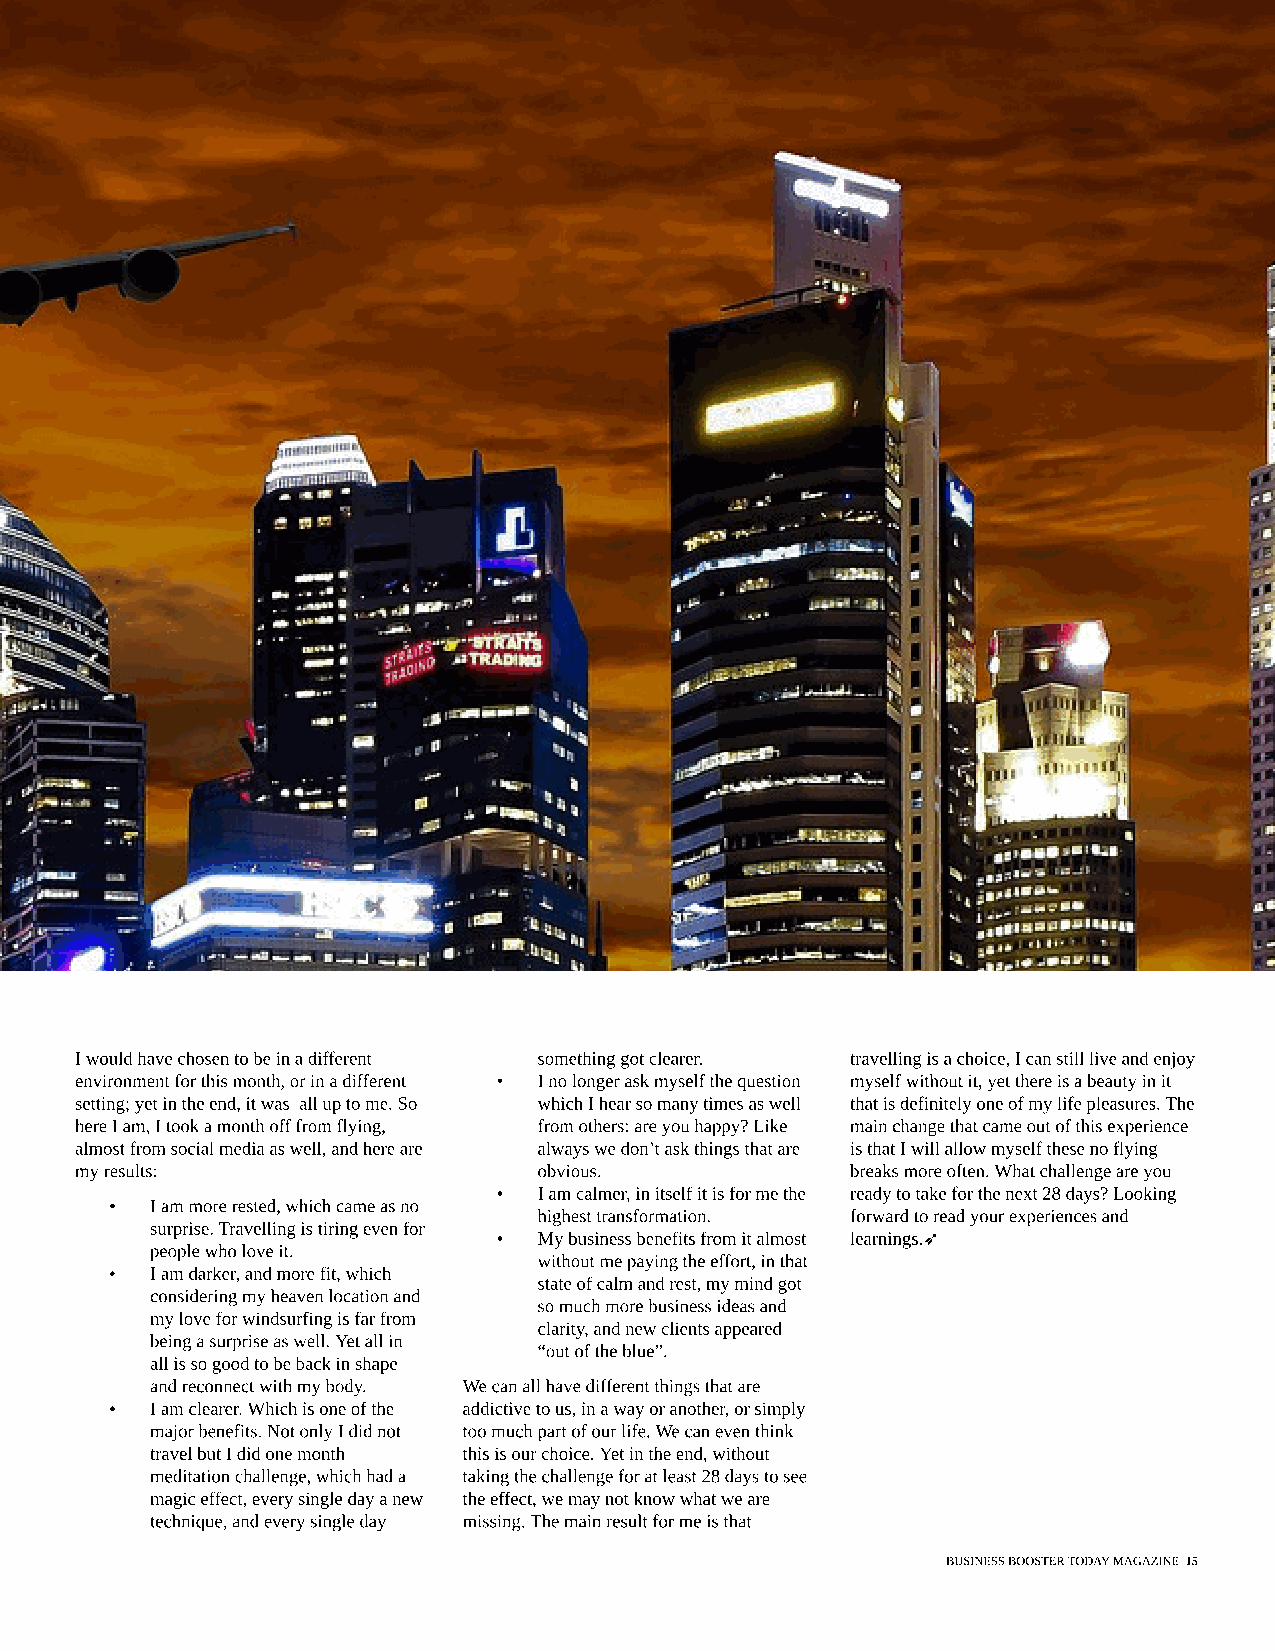
I would have chosen to be in a different something got clearer. travelling is a choice, I can still live and enjoy
 environment for this month, or in a different - I no longer ask myself the question myself without it, yet there is a beauty in it
 setting; yet in the end, it was all up to me. So which I hear so many times as well that is definitely one of my life pleasures. The
 here I am, I took a month off from flying, from others: are you happy? Like main change that came out of this experience
 almost from social media as well, and here are always we don?t ask things that are is that I will allow myself these no flying
 my results:                    obvious.            breaks more often. What challenge are you
 -  I am calmer, in itself it is for me the ready to take for the next 28 days? Looking
 -  I am more rested, which came as no
 highest transformation. forward to read your experiences and
 surprise. Travelling is tiring even for
 -  My business benefits from it almost learnings.?
 people who love it.
 without me paying the effort, in that
 -  I am darker, and more fit, which
 state of calm and rest, my mind got
 considering my heaven location and
 so much more business ideas and
 my love for windsurfing is far from
 clarity, and new clients appeared
 being a surprise as well. Yet all in
 ?out of the blue?.
 all is so good to be back in shape
 and reconnect with my body. We can all have different things that are
 -  I am clearer. Which is one of the addictive to us, in a way or another, or simply
 major benefits. Not only I did not too much part of our life. We can even think
 travel but I did one month this is our choice. Yet in the end, without
 meditation challenge, which had a taking the challenge for at least 28 days to see
 magic effect, every single day a new the effect, we may not know what we are
 technique, and every single day missing. The main result for me is that
 BUSINESS BOOSTER TODAY MAGAZINE 15